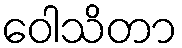
ဝေါသိတာ